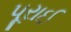
પૂરાઈ